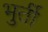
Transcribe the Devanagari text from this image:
भुर्ती